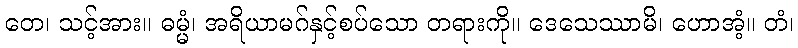
တေ၊ သင့်အား။ ဓမ္မံ၊ အရိယာမဂ်နှင့်စပ်သော တရားကို။ ဒေသေဿာမိ၊ ဟောအံ့။ တံ၊